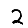
Digit: 2